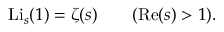
\operatorname { L i } _ { s } ( 1 ) = \zeta ( s ) \qquad ( \operatorname { R e } ( s ) > 1 ) .